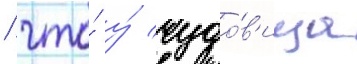
/ что́ у́ чудо́в'ища